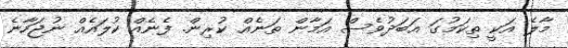
މާލެ އަކީ ތިކަމުގަ އަބަދުވެސް އަމާން ތަނެއް ކުރިން. ފެނެއް ކުލަައެއް ނުޖަހާނެ